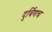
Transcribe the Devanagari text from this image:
दुर्बिणच